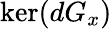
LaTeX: \ker(dG_{x})